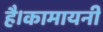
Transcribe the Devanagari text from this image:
है।कामायनी